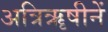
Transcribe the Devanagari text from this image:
अत्रिॠषीनें